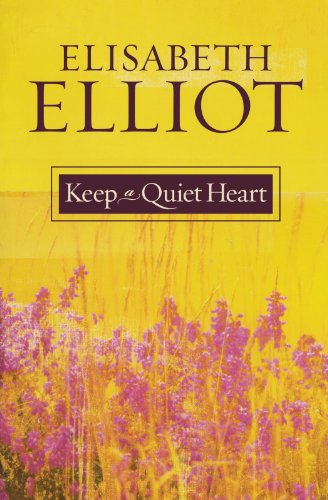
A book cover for Keep a Quiet Heart; Elisabeth Elliot; Religion & Spirituality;